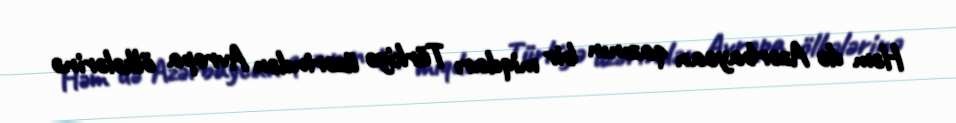
Həm də Azərbaycan qazının bir miqdarı Türkiyə üzərindən Avropa ölkələrinə